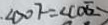
\angle D O F = \angle C O E